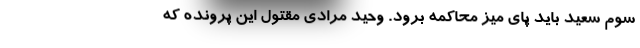
سوم سعید باید پای میز محاکمه برود. وحید مرادی مقتول این پرونده که